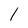
Character: 1